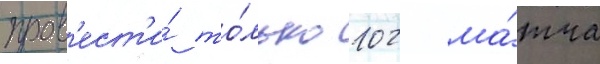
пров'ест'и́ то́лько 102 ма́тча